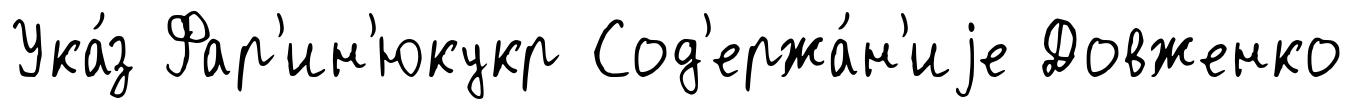
Ука́з Фар'ин'юкукр Сод'ержа́н'иjе Довженко